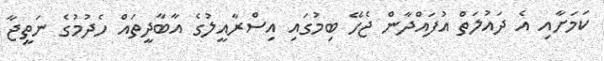
ކަމަށާއި އެ ދައުލަތް އުފައްދާން ޖެހޭ ބިމުގައި އިސްރާއީލުގެ އާބާދީތައް ހެދުމުގެ ނަތީޖާ